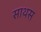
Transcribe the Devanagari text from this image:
साथस